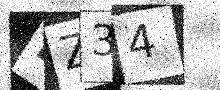
Text: FZ34